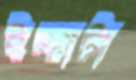
ইচ্ছাটা